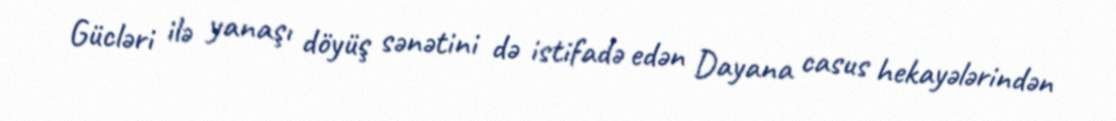
Gücləri ilə yanaşı döyüş sənətini də istifadə edən Dayana casus hekayələrindən